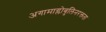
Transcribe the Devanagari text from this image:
अगामाग्लोबुलिनरक्तता